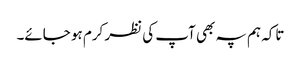
تاکہ ہم پہ بھی آپ کی نظر کرم ہو جائے۔